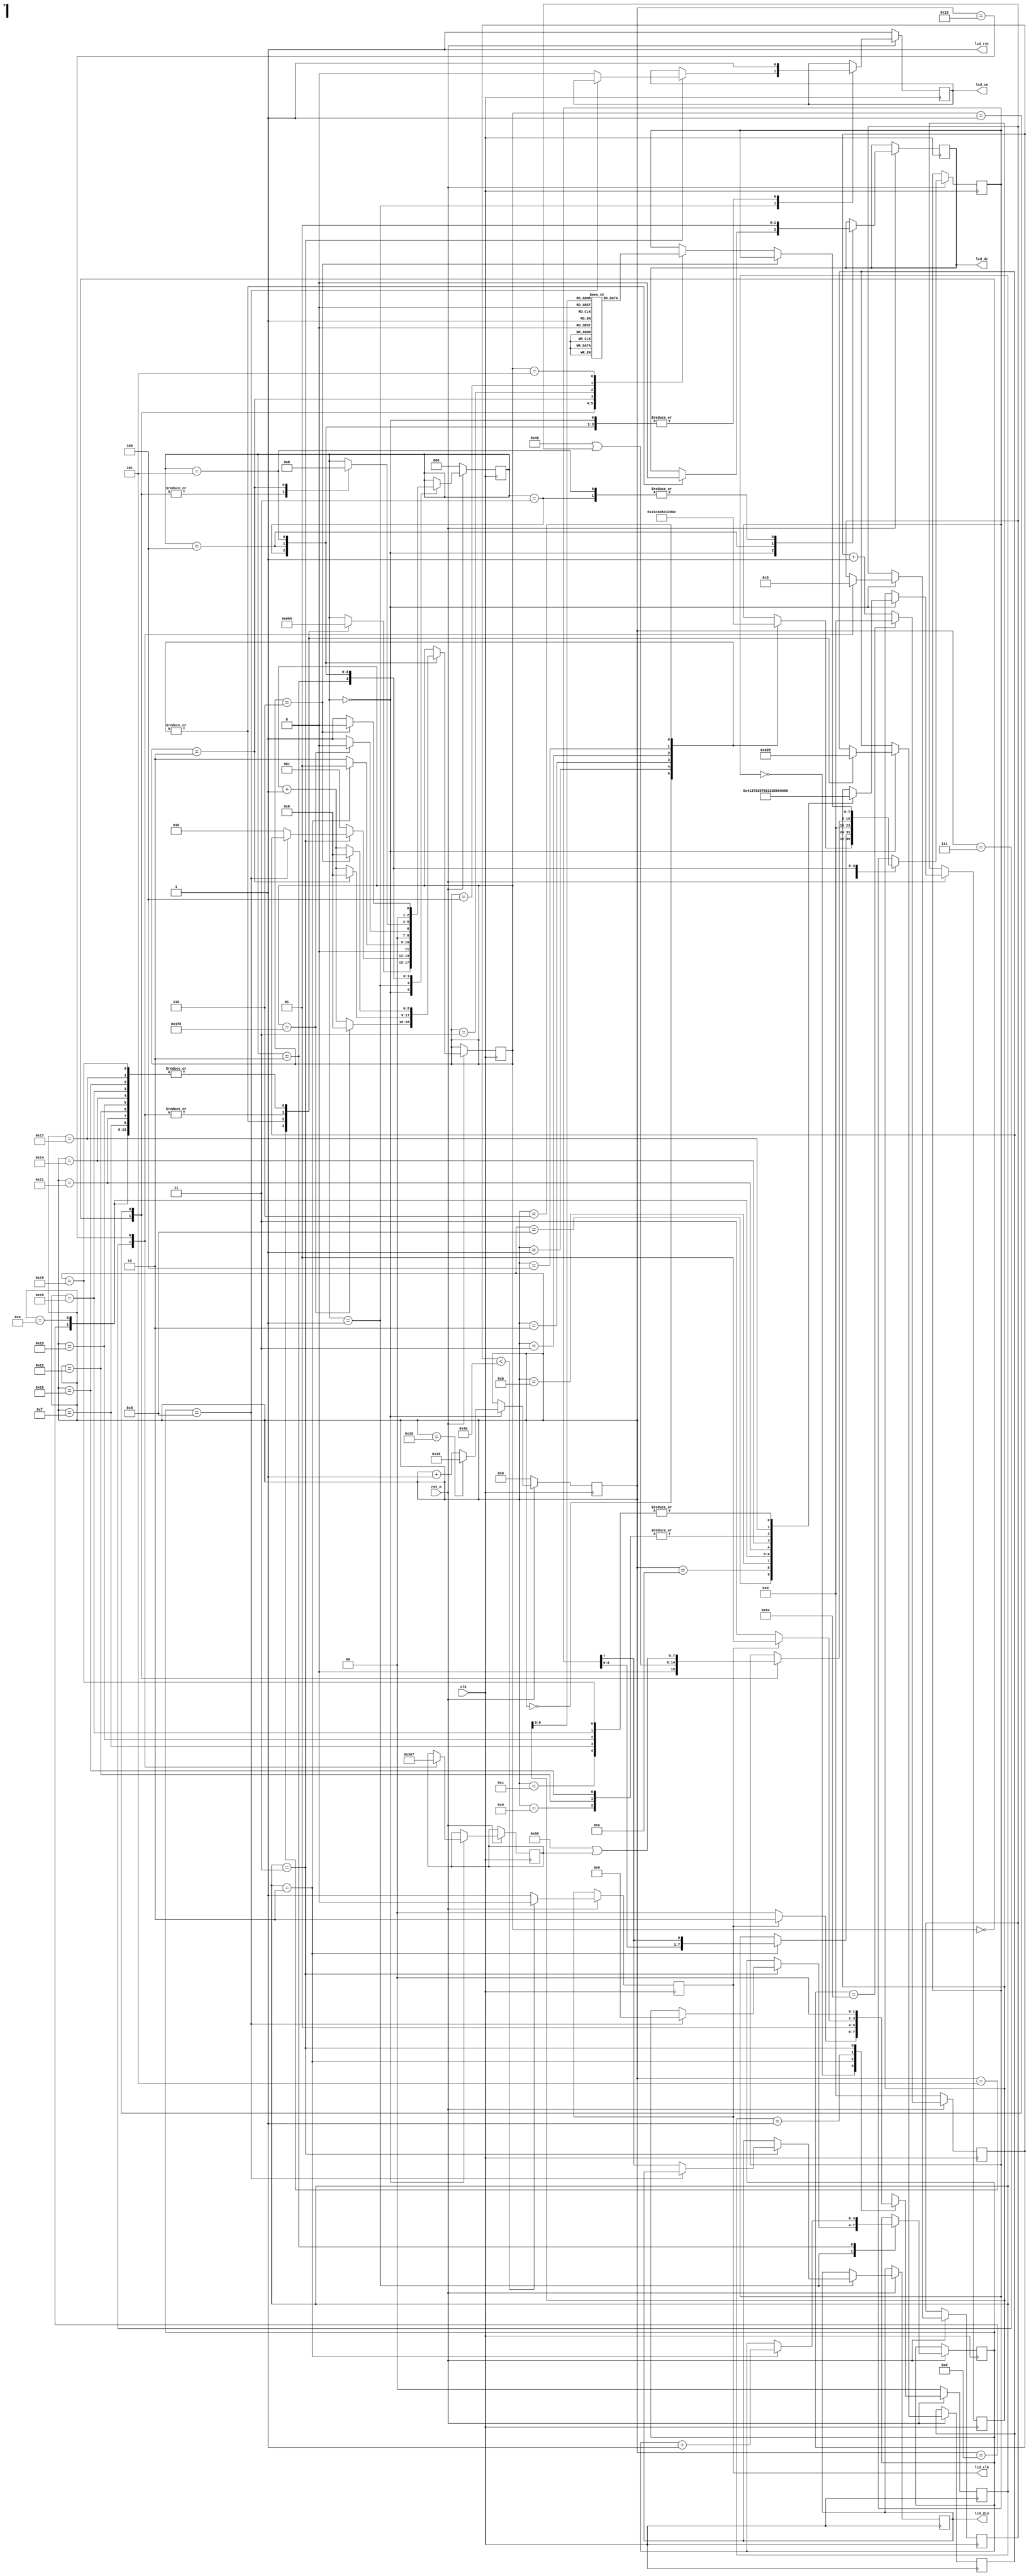
//*****************************************************************************
// COPYRIGHT (c) 2015, Xiamen Tianma Microelectronics Co, Ltd
//
// Module name   :  lcd_display
//
// Version       :  v 1.0
//
// Function      :  Display 
// Called by     :  --
//
// ----------------------------------------------------------------------------
// Revison
// 2015-06-25    :  create file
//*****************************************************************************
module lcd_display(
    input                 clk		               ,
    input                 rst_n            		,
	 
    output                lcd_rst               ,
    
	 output reg            lcd_clk               ,	 
    output reg            lcd_ce            		,
	 output reg            lcd_dc           		,
	 output reg            lcd_din         		   
	 
);

	reg[7:0] cnt;  //
// reg clk_1M;    //
	
	reg[1:0] p;  //1
   reg[2:0] p2; //2
   reg[2:0] p_back; //
	
   parameter clk_l=2'd0;
   parameter clk_h=2'd1;
   parameter clk_rising_edge=2'd2;
   parameter clk_falling_edge=2'd3;

   parameter idle=3'd0;
   parameter shift_data=3'd1;
   parameter shift_data1=3'd2;
   parameter clear_screen=3'd3;
   parameter set_xy=3'd4;
   parameter disp_char=3'd5;

   reg[7:0]  data_reg; //
   reg[3:0]  cnt2;     //
   reg[15:0] cnt3;     //
   reg[8:0]  cnt4;     //
   reg[7:0]  char_reg; //

   reg[2:0] y_reg;   //
   reg[6:0] x_reg;
 
   reg[0:47] mem[122:0];  //
   reg[0:47] temp;       //
   parameter ONN =1'b0;
   parameter OFF =1'b1;
   parameter CMD =1'b0;
   parameter DATA =1'b1;

////////////////////////////////////////////////
initial
  begin
		p=0;
   
	 mem[32]= {8'h00, 8'h00, 8'h00, 8'h00, 8'h00, 8'h00};   // 32  sp 
	 mem[33]= {8'h00, 8'h00, 8'h00, 8'h2f, 8'h00, 8'h00};   // 33  !  
	 mem[34]= {8'h00, 8'h00, 8'h07, 8'h00, 8'h07, 8'h00};   // 34  ''
    mem[35]= {8'h00, 8'h14, 8'h7f, 8'h14, 8'h7f, 8'h14};   // 35  #
    mem[36]= {8'h00, 8'h24, 8'h2a, 8'h7f, 8'h2a, 8'h12};   // 36  $
    mem[37]= {8'h00, 8'h62, 8'h64, 8'h08, 8'h13, 8'h23};   // 37  %
    mem[38]= {8'h00, 8'h36, 8'h49, 8'h55, 8'h22, 8'h50};   //38  &
    mem[39]= {8'h00, 8'h00, 8'h05, 8'h03, 8'h00, 8'h00};   // 39  '
    mem[40]= {8'h00, 8'h00, 8'h1c, 8'h22, 8'h41, 8'h00};   // 40  (
    mem[41]= {8'h00, 8'h00, 8'h41, 8'h22, 8'h1c, 8'h00};   // 41  )
    mem[42]= {8'h00, 8'h14, 8'h08, 8'h3E, 8'h08, 8'h14};   // 42 *
    mem[43]= {8'h00, 8'h08, 8'h08, 8'h3E, 8'h08, 8'h08};   // 43 +
    mem[44]= {8'h00, 8'h00, 8'h00, 8'hA0, 8'h60, 8'h00};   // 44 ,
    mem[45]= {8'h00, 8'h08, 8'h08, 8'h08, 8'h08, 8'h08};   // 45 -
    mem[46]= {8'h00, 8'h00, 8'h60, 8'h60, 8'h00, 8'h00};   // 46 .
    mem[47]= {8'h00, 8'h20, 8'h10, 8'h08, 8'h04, 8'h02};   // 47 /
    mem[48]= {8'h00, 8'h3E, 8'h51, 8'h49, 8'h45, 8'h3E};   // 48 0
    mem[49]= {8'h00, 8'h00, 8'h42, 8'h7F, 8'h40, 8'h00};   // 49 1
    mem[50]= {8'h00, 8'h42, 8'h61, 8'h51, 8'h49, 8'h46};   // 50 2
    mem[51]= {8'h00, 8'h21, 8'h41, 8'h45, 8'h4B, 8'h31};   // 51 3
    mem[52]= {8'h00, 8'h18, 8'h14, 8'h12, 8'h7F, 8'h10};   // 52 4
    mem[53]= {8'h00, 8'h27, 8'h45, 8'h45, 8'h45, 8'h39};   // 53 5
    mem[54]= {8'h00, 8'h3C, 8'h4A, 8'h49, 8'h49, 8'h30};   // 54 6
    mem[55]= {8'h00, 8'h01, 8'h71, 8'h09, 8'h05, 8'h03};   // 55 7
    mem[56]= {8'h00, 8'h36, 8'h49, 8'h49, 8'h49, 8'h36};   // 56 8
    mem[57]= {8'h00, 8'h06, 8'h49, 8'h49, 8'h29, 8'h1E};   // 57 9
    mem[58]= {8'h00, 8'h00, 8'h36, 8'h36, 8'h00, 8'h00};   // 58 :
    mem[59]= {8'h00, 8'h00, 8'h56, 8'h36, 8'h00, 8'h00};   // 59 ;
    mem[60]= {8'h00, 8'h08, 8'h14, 8'h22, 8'h41, 8'h00};   // 60 <
    mem[61]= {8'h00, 8'h14, 8'h14, 8'h14, 8'h14, 8'h14};   // 61 =
    mem[62]= {8'h00, 8'h00, 8'h41, 8'h22, 8'h14, 8'h08};   // 62 >
    mem[63]= {8'h00, 8'h02, 8'h01, 8'h51, 8'h09, 8'h06};   // 63 ?
    mem[64]= {8'h00, 8'h32, 8'h49, 8'h59, 8'h51, 8'h3E};   // 64 @
    mem[65]= {8'h00, 8'h7C, 8'h12, 8'h11, 8'h12, 8'h7C};   // 65 A
    mem[66]= {8'h00, 8'h7F, 8'h49, 8'h49, 8'h49, 8'h36};   // 66 B
    mem[67]= {8'h00, 8'h3E, 8'h41, 8'h41, 8'h41, 8'h22};   // 67 C
    mem[68]= {8'h00, 8'h7F, 8'h41, 8'h41, 8'h22, 8'h1C};   // 68 D
    mem[69]= {8'h00, 8'h7F, 8'h49, 8'h49, 8'h49, 8'h41};   // 69 E
    mem[70]= {8'h00, 8'h7F, 8'h09, 8'h09, 8'h09, 8'h01};   // 70 F
    mem[71]= {8'h00, 8'h3E, 8'h41, 8'h49, 8'h49, 8'h7A};   // 71 G
    mem[72]= {8'h00, 8'h7F, 8'h08, 8'h08, 8'h08, 8'h7F};   // 72 H
    mem[73]= {8'h00, 8'h00, 8'h41, 8'h7F, 8'h41, 8'h00};   // 73 I
    mem[74]= {8'h00, 8'h20, 8'h40, 8'h41, 8'h3F, 8'h01};   // 74 J
    mem[75]= {8'h00, 8'h7F, 8'h08, 8'h14, 8'h22, 8'h41};   // 75 K
    mem[76]= {8'h00, 8'h7F, 8'h40, 8'h40, 8'h40, 8'h40};   // 76 L
    mem[77]= {8'h00, 8'h7F, 8'h02, 8'h0C, 8'h02, 8'h7F};   // 77 M
    mem[78]= {8'h00, 8'h7F, 8'h04, 8'h08, 8'h10, 8'h7F};   // 78 N
    mem[79]= {8'h00, 8'h3E, 8'h41, 8'h41, 8'h41, 8'h3E};   // 79 O
    mem[80]= {8'h00, 8'h7F, 8'h09, 8'h09, 8'h09, 8'h06};   // 80 P
    mem[81]= {8'h00, 8'h3E, 8'h41, 8'h51, 8'h21, 8'h5E};   // 81 Q
    mem[82]= {8'h00, 8'h7F, 8'h09, 8'h19, 8'h29, 8'h46};   // 82 R
    mem[83]= {8'h00, 8'h46, 8'h49, 8'h49, 8'h49, 8'h31};   // 83 S
    mem[84]= {8'h00, 8'h01, 8'h01, 8'h7F, 8'h01, 8'h01};   // 84 T
    mem[85]= {8'h00, 8'h3F, 8'h40, 8'h40, 8'h40, 8'h3F};   // 85 U
    mem[86]= {8'h00, 8'h1F, 8'h20, 8'h40, 8'h20, 8'h1F};   // 86 V
    mem[87]= {8'h00, 8'h3F, 8'h40, 8'h38, 8'h40, 8'h3F};   // 87 W
    mem[88]= {8'h00, 8'h63, 8'h14, 8'h08, 8'h14, 8'h63};   // 88 X
    mem[89]= {8'h00, 8'h07, 8'h08, 8'h70, 8'h08, 8'h07};   // 89 Y
    mem[90]= {8'h00, 8'h61, 8'h51, 8'h49, 8'h45, 8'h43};   // 90 Z
    mem[91]= {8'h00, 8'h00, 8'h7F, 8'h41, 8'h41, 8'h00};   // 91 [
	 mem[93]= {8'h00, 8'h00, 8'h41, 8'h41, 8'h7F, 8'h00};   // 93 ]
    mem[94]= {8'h00, 8'h04, 8'h02, 8'h01, 8'h02, 8'h04};   // 94 ^
    mem[95]= {8'h00, 8'h40, 8'h40, 8'h40, 8'h40, 8'h40};   // 95 _
	 mem[96]= {8'h00, 8'h00, 8'h01, 8'h02, 8'h04, 8'h00};   // 96 `
    mem[97]= {8'h00, 8'h20, 8'h54, 8'h54, 8'h54, 8'h78};   // 97 a
    mem[98]= {8'h00, 8'h7F, 8'h48, 8'h44, 8'h44, 8'h38};   // 98 b
    mem[99]= {8'h00, 8'h38, 8'h44, 8'h44, 8'h44, 8'h20};   // 99 c
    mem[100]= {8'h00, 8'h38, 8'h44, 8'h44, 8'h48, 8'h7F};   // 100 d
    mem[101]= {8'h00, 8'h38, 8'h54, 8'h54, 8'h54, 8'h18};   // 101 e
    mem[102]= {8'h00, 8'h08, 8'h7E, 8'h09, 8'h01, 8'h02};   // 102 f
    mem[103]= {8'h00, 8'h18, 8'hA4, 8'hA4, 8'hA4, 8'h7C};   // 103 g
    mem[104]= {8'h00, 8'h7F, 8'h08, 8'h04, 8'h04, 8'h78};   // 104 h
    mem[105]= {8'h00, 8'h00, 8'h44, 8'h7D, 8'h40, 8'h00};   // 105 i
    mem[106]= {8'h00, 8'h40, 8'h80, 8'h84, 8'h7D, 8'h00};   // 106 j
    mem[107]= {8'h00, 8'h7F, 8'h10, 8'h28, 8'h44, 8'h00};   // 107 k
    mem[108]= {8'h00, 8'h00, 8'h41, 8'h7F, 8'h40, 8'h00};   // 108 l
    mem[109]= {8'h00, 8'h7C, 8'h04, 8'h18, 8'h04, 8'h78};   // 109 m
    mem[110]= {8'h00, 8'h7C, 8'h08, 8'h04, 8'h04, 8'h78};   // 110 n
    mem[111]= {8'h00, 8'h38, 8'h44, 8'h44, 8'h44, 8'h38};   // 111 o
    mem[112]= {8'h00, 8'hFC, 8'h24, 8'h24, 8'h24, 8'h18};   // 112 p
    mem[113]= {8'h00, 8'h18, 8'h24, 8'h24, 8'h18, 8'hFC};   // 113 q
    mem[114]= {8'h00, 8'h7C, 8'h08, 8'h04, 8'h04, 8'h08};   // 114 r
    mem[115]= {8'h00, 8'h48, 8'h54, 8'h54, 8'h54, 8'h20};   // 115 s
    mem[116]= {8'h00, 8'h04, 8'h3F, 8'h44, 8'h40, 8'h20};   // 116 t
    mem[117]= {8'h00, 8'h3C, 8'h40, 8'h40, 8'h20, 8'h7C};   // 117 u
    mem[118]= {8'h00, 8'h1C, 8'h20, 8'h40, 8'h20, 8'h1C};   // 118 v
    mem[119]= {8'h00, 8'h3C, 8'h40, 8'h30, 8'h40, 8'h3C};   // 119 w
    mem[120]= {8'h00, 8'h44, 8'h28, 8'h10, 8'h28, 8'h44};   // 120 x
    mem[121]= {8'h00, 8'h1C, 8'hA0, 8'hA0, 8'hA0, 8'h7C};   // 121 y
    mem[122]= {8'h00, 8'h44, 8'h64, 8'h54, 8'h4C, 8'h44};   // 122 z
   
  end 


assign lcd_rst = 1;


always@(posedge clk ) //
begin
	if(!rst_n) 
     begin	
        cnt <= 8'd0;
		end
	else 
		begin
			cnt <= cnt + 8'd1;  
			if(cnt == 8'd148)   //1MHz
				cnt <= 8'd0;
			if(cnt < 8'd74)  
				lcd_clk<=0;
			else
				lcd_clk<=1;
		end
  end



always@(posedge clk )//1
begin
	if(!rst_n)  
    p<=clk_l;
    else
    case (p)
		 clk_l: 
		 begin
			  if (lcd_clk)
			  p<=clk_rising_edge;  //CLK
			  else 
			  p<=clk_l;
		 end
		 
		 clk_rising_edge: 
		 begin
				p<=clk_h;  //CLK
		 end
		 
		 clk_h: 
		 begin                 
		  if (!lcd_clk)        //CLK
			 p<=clk_falling_edge;
		  else p<=clk_h;
		 end 
		 
		clk_falling_edge: 
		begin
		 p<=clk_l;  //CLK
		end
		default;
	endcase
end

always@(posedge clk )      //2
begin
	if(!rst_n) 
	begin 
    p2<=idle;
    lcd_ce<=OFF;
    cnt3 <= 16'd0;
    end
    else
    case (p2)
    idle: begin
	      lcd_ce<=OFF;
          cnt3 <= cnt3 + 16'd1;
          case(cnt3)
			0:  begin data_reg<=8'h21;lcd_dc<=CMD;p2<=shift_data;p_back<=idle; end
	      1:  begin data_reg<=8'hc8;lcd_dc<=CMD;p2<=shift_data;p_back<=idle; end
	      2:  begin data_reg<=8'h06;lcd_dc<=CMD;p2<=shift_data;p_back<=idle; end
	      3:  begin data_reg<=8'h13;lcd_dc<=CMD;p2<=shift_data;p_back<=idle; end
	      4:  begin data_reg<=8'h20;lcd_dc<=CMD;p2<=shift_data;p_back<=idle; end
	      5:  begin p2<=clear_screen;p_back<=clear_screen; end
	      6:  begin data_reg<=8'h0c;lcd_dc<=CMD;p2<=shift_data;p_back<=idle; end
	      7:  begin p2<=set_xy;p_back<=set_xy;y_reg<=3'b000; x_reg<=7'b0000110; end
//	      8:  begin p2<=disp_char;p_back<=disp_char;char_reg="T";  end
//	      9:  begin p2<=disp_char;p_back<=disp_char;char_reg="L";  end
//	      10: begin p2<=disp_char;p_back<=disp_char;char_reg="0"; 	end
//	      11: begin p2<=disp_char;p_back<=disp_char;char_reg="5";  end
//	      12: begin p2<=disp_char;p_back<=disp_char;char_reg="5"; 	end
//	      13: begin p2<=disp_char;p_back<=disp_char;char_reg="V";	end
//	      14: begin p2<=disp_char;p_back<=disp_char;char_reg="D";  end
//	      15: begin p2<=disp_char;p_back<=disp_char;char_reg="X";	end
//	      16: begin p2<=disp_char;p_back<=disp_char;char_reg="S"; 	end
//			17: begin p2<=set_xy;p_back<=set_xy;y_reg<=3'b001; x_reg<=7'b0000110; end
////	      17: begin p2<=disp_char;p_back<=disp_char;char_reg="_"; 	end
//	      18: begin p2<=disp_char;p_back<=disp_char;char_reg="A"; 	end
//	      19: begin p2<=disp_char;p_back<=disp_char;char_reg="0";  end
//			20: begin p2<=disp_char;p_back<=disp_char;char_reg="4";  end
//	      21: begin p2<=disp_char;p_back<=disp_char;char_reg="-";  end
//	      22: begin p2<=disp_char;p_back<=disp_char;char_reg="1";  end
//			23: begin p2<=set_xy;p_back<=set_xy;y_reg<=3'b010; x_reg<=7'b0000110; end
////	      23: begin p2<=disp_char;p_back<=disp_char;char_reg="_";  end
//	      24: begin p2<=disp_char;p_back<=disp_char;char_reg="C"; 	end
//	      25: begin p2<=disp_char;p_back<=disp_char;char_reg="E"; 	end
//	      26: begin p2<=disp_char;p_back<=disp_char;char_reg="L";  end
//	      27: begin p2<=disp_char;p_back<=disp_char;char_reg="L"; 	end
//	      28: begin p2<=disp_char;p_back<=disp_char;char_reg="_"; 	end
//	      29: begin p2<=disp_char;p_back<=disp_char;char_reg="V"; 	end
//	      30: begin p2<=disp_char;p_back<=disp_char;char_reg="T"; 	end
//			31: begin p2<=disp_char;p_back<=disp_char;char_reg="1"; 	end
//	      32: begin p2<=set_xy;p_back<=set_xy;y_reg<=3'b011;x_reg<=7'b0000111; end
			
			//*******************fxl******************************//
			8: begin p2<=disp_char;p_back<=disp_char;char_reg="A";  end
	      9: begin p2<=disp_char;p_back<=disp_char;char_reg="0"; 	end
			10: begin p2<=disp_char;p_back<=disp_char;char_reg="7";  end
	      11: begin p2<=disp_char;p_back<=disp_char;char_reg="-"; 	end
			12: begin p2<=disp_char;p_back<=disp_char;char_reg="1";  end
			13: begin p2<=disp_char;p_back<=disp_char;char_reg="_";  end
	      //*******************fxl******************************//
			
			
			14: begin p2<=disp_char;p_back<=disp_char;char_reg="V";  end
	      15: begin p2<=disp_char;p_back<=disp_char;char_reg="1"; 	end
	      16: begin p2<=set_xy;p_back<=set_xy;y_reg<=3'b011;x_reg<=7'b0000111; end		
	      17: begin p2<=disp_char;p_back<=disp_char;char_reg="2";  end
	      18: begin p2<=disp_char;p_back<=disp_char;char_reg="0"; 	end
	      19: begin p2<=disp_char;p_back<=disp_char;char_reg="1"; 	end
	      20: begin p2<=disp_char;p_back<=disp_char;char_reg="6";  end
			//21: begin p2<=disp_char;p_back<=disp_char;char_reg="/";  end
	      21: begin p2<=disp_char;p_back<=disp_char;char_reg="1"; 	end
	      22: begin p2<=disp_char;p_back<=disp_char;char_reg="0"; 	end
	      //24: begin p2<=disp_char;p_back<=disp_char;char_reg="/";  end
			23: begin p2<=disp_char;p_back<=disp_char;char_reg="3"; 	end
	      24: begin p2<=disp_char;p_back<=disp_char;char_reg="1";  end
	      25: begin cnt3 <= 16'd25; end
			 
//			0:  begin data_reg<=8'h21;lcd_dc<=CMD;p2<=shift_data;p_back<=idle; end
//	      1:  begin data_reg<=8'hc8;lcd_dc<=CMD;p2<=shift_data;p_back<=idle; end
//	      2:  begin data_reg<=8'h06;lcd_dc<=CMD;p2<=shift_data;p_back<=idle; end
//	      3:  begin data_reg<=8'h13;lcd_dc<=CMD;p2<=shift_data;p_back<=idle; end
//	      4:  begin data_reg<=8'h20;lcd_dc<=CMD;p2<=shift_data;p_back<=idle; end
//	      5:  begin p2<=clear_screen;p_back<=clear_screen; end
//	      6:  begin data_reg<=8'h0c;lcd_dc<=CMD;p2<=shift_data;p_back<=idle; end
//	      7:  begin p2<=set_xy;p_back<=set_xy;y_reg<=3'b000; x_reg<=7'b0000110; end
//	      8:  begin p2<=disp_char;p_back<=disp_char;char_reg="T";  end
//	      9:  begin p2<=disp_char;p_back<=disp_char;char_reg="L";  end
//	      10: begin p2<=disp_char;p_back<=disp_char;char_reg="0"; 	end
//	      11: begin p2<=disp_char;p_back<=disp_char;char_reg="5";  end
//	      12: begin p2<=disp_char;p_back<=disp_char;char_reg="5"; 	end
//	      13: begin p2<=disp_char;p_back<=disp_char;char_reg="V";	end
//	      14: begin p2<=disp_char;p_back<=disp_char;char_reg="D";  end
//	      15: begin p2<=disp_char;p_back<=disp_char;char_reg="X";	end
//	      16: begin p2<=disp_char;p_back<=disp_char;char_reg="S"; 	end
//			17: begin p2<=set_xy;p_back<=set_xy;y_reg<=3'b001; x_reg<=7'b0000110; end
////	      17: begin p2<=disp_char;p_back<=disp_char;char_reg="_"; 	end
//	      18: begin p2<=disp_char;p_back<=disp_char;char_reg="V"; 	end
//	      19: begin p2<=disp_char;p_back<=disp_char;char_reg="5";  end
//			20: begin p2<=disp_char;p_back<=disp_char;char_reg="5";  end
//	      21: begin p2<=disp_char;p_back<=disp_char;char_reg="-";  end
//	      22: begin p2<=disp_char;p_back<=disp_char;char_reg="1";  end
//			23: begin p2<=set_xy;p_back<=set_xy;y_reg<=3'b010; x_reg<=7'b0000110; end
////	      23: begin p2<=disp_char;p_back<=disp_char;char_reg="_";  end
//	      24: begin p2<=disp_char;p_back<=disp_char;char_reg="C"; 	end
//	      25: begin p2<=disp_char;p_back<=disp_char;char_reg="E"; 	end
//	      26: begin p2<=disp_char;p_back<=disp_char;char_reg="L";  end
//	      27: begin p2<=disp_char;p_back<=disp_char;char_reg="L"; 	end
//	      28: begin p2<=disp_char;p_back<=disp_char;char_reg="_"; 	end
//	      29: begin p2<=disp_char;p_back<=disp_char;char_reg="V"; 	end
//	      30: begin p2<=disp_char;p_back<=disp_char;char_reg="T"; 	end
//			31: begin p2<=disp_char;p_back<=disp_char;char_reg="1"; 	end
//	      32: begin p2<=set_xy;p_back<=set_xy;y_reg<=3'b011;x_reg<=7'b0000111; end
//			33: begin p2<=disp_char;p_back<=disp_char;char_reg="V";  end
//	      34: begin p2<=disp_char;p_back<=disp_char;char_reg="1"; 	end
//	      35: begin p2<=set_xy;p_back<=set_xy;y_reg<=3'b100;x_reg<=7'b0000111; end		
//	      36: begin p2<=disp_char;p_back<=disp_char;char_reg="2";  end
//	      37: begin p2<=disp_char;p_back<=disp_char;char_reg="0"; 	end
//	      38: begin p2<=disp_char;p_back<=disp_char;char_reg="1"; 	end
//	      39: begin p2<=disp_char;p_back<=disp_char;char_reg="5";  end
//			40: begin p2<=disp_char;p_back<=disp_char;char_reg="/";  end
//	      41: begin p2<=disp_char;p_back<=disp_char;char_reg="0"; 	end
//	      42: begin p2<=disp_char;p_back<=disp_char;char_reg="9"; 	end
//	      43: begin p2<=disp_char;p_back<=disp_char;char_reg="/";  end
//			44: begin p2<=disp_char;p_back<=disp_char;char_reg="0"; 	end
//	      45: begin p2<=disp_char;p_back<=disp_char;char_reg="7";  end
//	      46: begin cnt3 <= 16'd46; end 
			 
//	      0:  begin data_reg<=8'h21;lcd_dc<=CMD;p2<=shift_data;p_back<=idle; end
//	      1:  begin data_reg<=8'hc8;lcd_dc<=CMD;p2<=shift_data;p_back<=idle; end
//	      2:  begin data_reg<=8'h06;lcd_dc<=CMD;p2<=shift_data;p_back<=idle; end
//	      3:  begin data_reg<=8'h13;lcd_dc<=CMD;p2<=shift_data;p_back<=idle; end
//	      4:  begin data_reg<=8'h20;lcd_dc<=CMD;p2<=shift_data;p_back<=idle; end
//	      5:  begin p2<=clear_screen;p_back<=clear_screen; end
//	      6:  begin data_reg<=8'h0c;lcd_dc<=CMD;p2<=shift_data;p_back<=idle; end
////	      7:  begin p2<=set_xy;p_back<=set_xy;y_reg<=3'b000; x_reg<=7'b0000110; end
////	      8:  begin p2<=disp_char;p_back<=disp_char;char_reg="A";  end
////	      9:  begin p2<=disp_char;p_back<=disp_char;char_reg="0";  end
////	      10: begin p2<=disp_char;p_back<=disp_char;char_reg="2"; 	end
////	      11: begin p2<=disp_char;p_back<=disp_char;char_reg="-";  end
////	      12: begin p2<=disp_char;p_back<=disp_char;char_reg="1"; 	end
////	      13: begin p2<=disp_char;p_back<=disp_char;char_reg="_";	end
////	      14: begin p2<=disp_char;p_back<=disp_char;char_reg="V";  end
////	      15: begin p2<=disp_char;p_back<=disp_char;char_reg="1";	end
////	      16: begin p2<=disp_char;p_back<=disp_char;char_reg="S"; 	end
//			7: begin p2<=set_xy;p_back<=set_xy;y_reg<=3'b001; x_reg<=7'b0000110; end
////	      17: begin p2<=disp_char;p_back<=disp_char;char_reg="_"; 	end
//	      8: begin p2<=disp_char;p_back<=disp_char;char_reg="A"; 	end
//	      9: begin p2<=disp_char;p_back<=disp_char;char_reg="0";  end
//			10: begin p2<=disp_char;p_back<=disp_char;char_reg="2";  end
//	      11: begin p2<=disp_char;p_back<=disp_char;char_reg="-";  end
//	      12: begin p2<=disp_char;p_back<=disp_char;char_reg="1";  end
//			13: begin p2<=disp_char;p_back<=disp_char;char_reg="_"; 	end
//	      14: begin p2<=disp_char;p_back<=disp_char;char_reg="V"; 	end
//	      15: begin p2<=disp_char;p_back<=disp_char;char_reg="2"; 	end
////			23: begin p2<=set_xy;p_back<=set_xy;y_reg<=3'b010; x_reg<=7'b0000110; end
////	      23: begin p2<=disp_char;p_back<=disp_char;char_reg="_";  end
////	      24: begin p2<=disp_char;p_back<=disp_char;char_reg="C"; 	end
////	      25: begin p2<=disp_char;p_back<=disp_char;char_reg="E"; 	end
////	      26: begin p2<=disp_char;p_back<=disp_char;char_reg="L";  end
////	      27: begin p2<=disp_char;p_back<=disp_char;char_reg="L"; 	end
////	      28: begin p2<=disp_char;p_back<=disp_char;char_reg="_"; 	end
////	      29: begin p2<=disp_char;p_back<=disp_char;char_reg="V"; 	end
////	      30: begin p2<=disp_char;p_back<=disp_char;char_reg="T"; 	end
////			31: begin p2<=disp_char;p_back<=disp_char;char_reg="1"; 	end
//	      16: begin p2<=set_xy;p_back<=set_xy;y_reg<=3'b011;x_reg<=7'b0000111; end
////			33: begin p2<=disp_char;p_back<=disp_char;char_reg="V";  end
////	      34: begin p2<=disp_char;p_back<=disp_char;char_reg="1"; 	end
////	      35: begin p2<=set_xy;p_back<=set_xy;y_reg<=3'b100;x_reg<=7'b0000111; end		
//	      17: begin p2<=disp_char;p_back<=disp_char;char_reg="2";  end
//	      18: begin p2<=disp_char;p_back<=disp_char;char_reg="0"; 	end
//	      19: begin p2<=disp_char;p_back<=disp_char;char_reg="1"; 	end
//	      20: begin p2<=disp_char;p_back<=disp_char;char_reg="6";  end
//			21: begin p2<=disp_char;p_back<=disp_char;char_reg="/";  end
//	      22: begin p2<=disp_char;p_back<=disp_char;char_reg="0"; 	end
//	      23: begin p2<=disp_char;p_back<=disp_char;char_reg="8"; 	end
//	      24: begin p2<=disp_char;p_back<=disp_char;char_reg="/";  end
//			25: begin p2<=disp_char;p_back<=disp_char;char_reg="0"; 	end
//	      26: begin p2<=disp_char;p_back<=disp_char;char_reg="5";  end
//	      27: begin cnt3 <= 16'd27; end
	      default;
	      endcase
	      end
	      
    shift_data :     //
                begin
						if (p==clk_falling_edge)  
						if (cnt2 == 4'd8)  
							begin
								cnt2 <= 4'd0;
								p2<=p_back;
							end
						else
							begin
								p2<=shift_data1; 
								lcd_ce<=ONN;
								lcd_din<=data_reg[7];          // 
							end 
						else 
							p2<=shift_data;
	             end
    
    shift_data1:
                 begin                
						  if (p==clk_rising_edge)    //
							 begin  
							  data_reg<={data_reg[6:0], data_reg[7]};  //
							  cnt2 <= cnt2 + 4'd1;
							  p2<=shift_data;
							 end
						  else 
								p2<=shift_data1;
                 end
     
     
    clear_screen:           //
                begin            
						data_reg<=8'h00;
						cnt4 <= cnt4 + 9'd1;
						lcd_ce<=OFF;
						lcd_dc<=DATA;
						if (cnt4 == 9'd504) 
							begin
							cnt4 <= 9'd0;
							p2<=idle;
							end
						else 
							p2<=shift_data;
					 end

     set_xy:           //XY
              begin 
					cnt4<=cnt4+9'd1;
					lcd_ce<=OFF;
					lcd_dc<=CMD;
						case (cnt4)
							0 : begin data_reg<=(8'h40 | y_reg); p2<=shift_data; end
							1 : begin data_reg<=(8'h80 | x_reg); p2<=shift_data; end
							2 : begin p2<=idle; cnt4<=9'd0; end
						default;
						endcase
               end   
                  
     disp_char:        //
              begin
					cnt4<=cnt4+9'd1;
					lcd_ce<=OFF;
					lcd_dc<=DATA;
					if (cnt4==9'd6) 
						begin
							p2<=idle;
							cnt4<=9'd0; 
						end
					else 
						begin
								temp=mem[char_reg];
							case (cnt4)
							0 :  data_reg<=temp[0:7];
							1 :  data_reg<=temp[8:15];
							2 :  data_reg<=temp[16:23];
							3 :  data_reg<=temp[24:31];
							4 :  data_reg<=temp[32:39];
							5 :  data_reg<=temp[40:47];						
							default;
							endcase
								p2<=shift_data;
							end
              end    
     default;
     endcase
end

endmodule